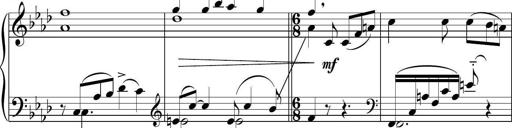
Title: Sonatina del HuÃ©car
Composer: JosÃ© Miguel Moreno Sabio